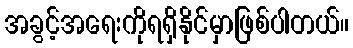
အခွင့်အရေးကိုရရှိနိုင်မှာဖြစ်ပါတယ်။